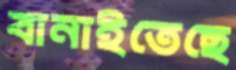
বানাইতেছে